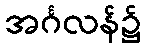
အင်္ဂလန်၌